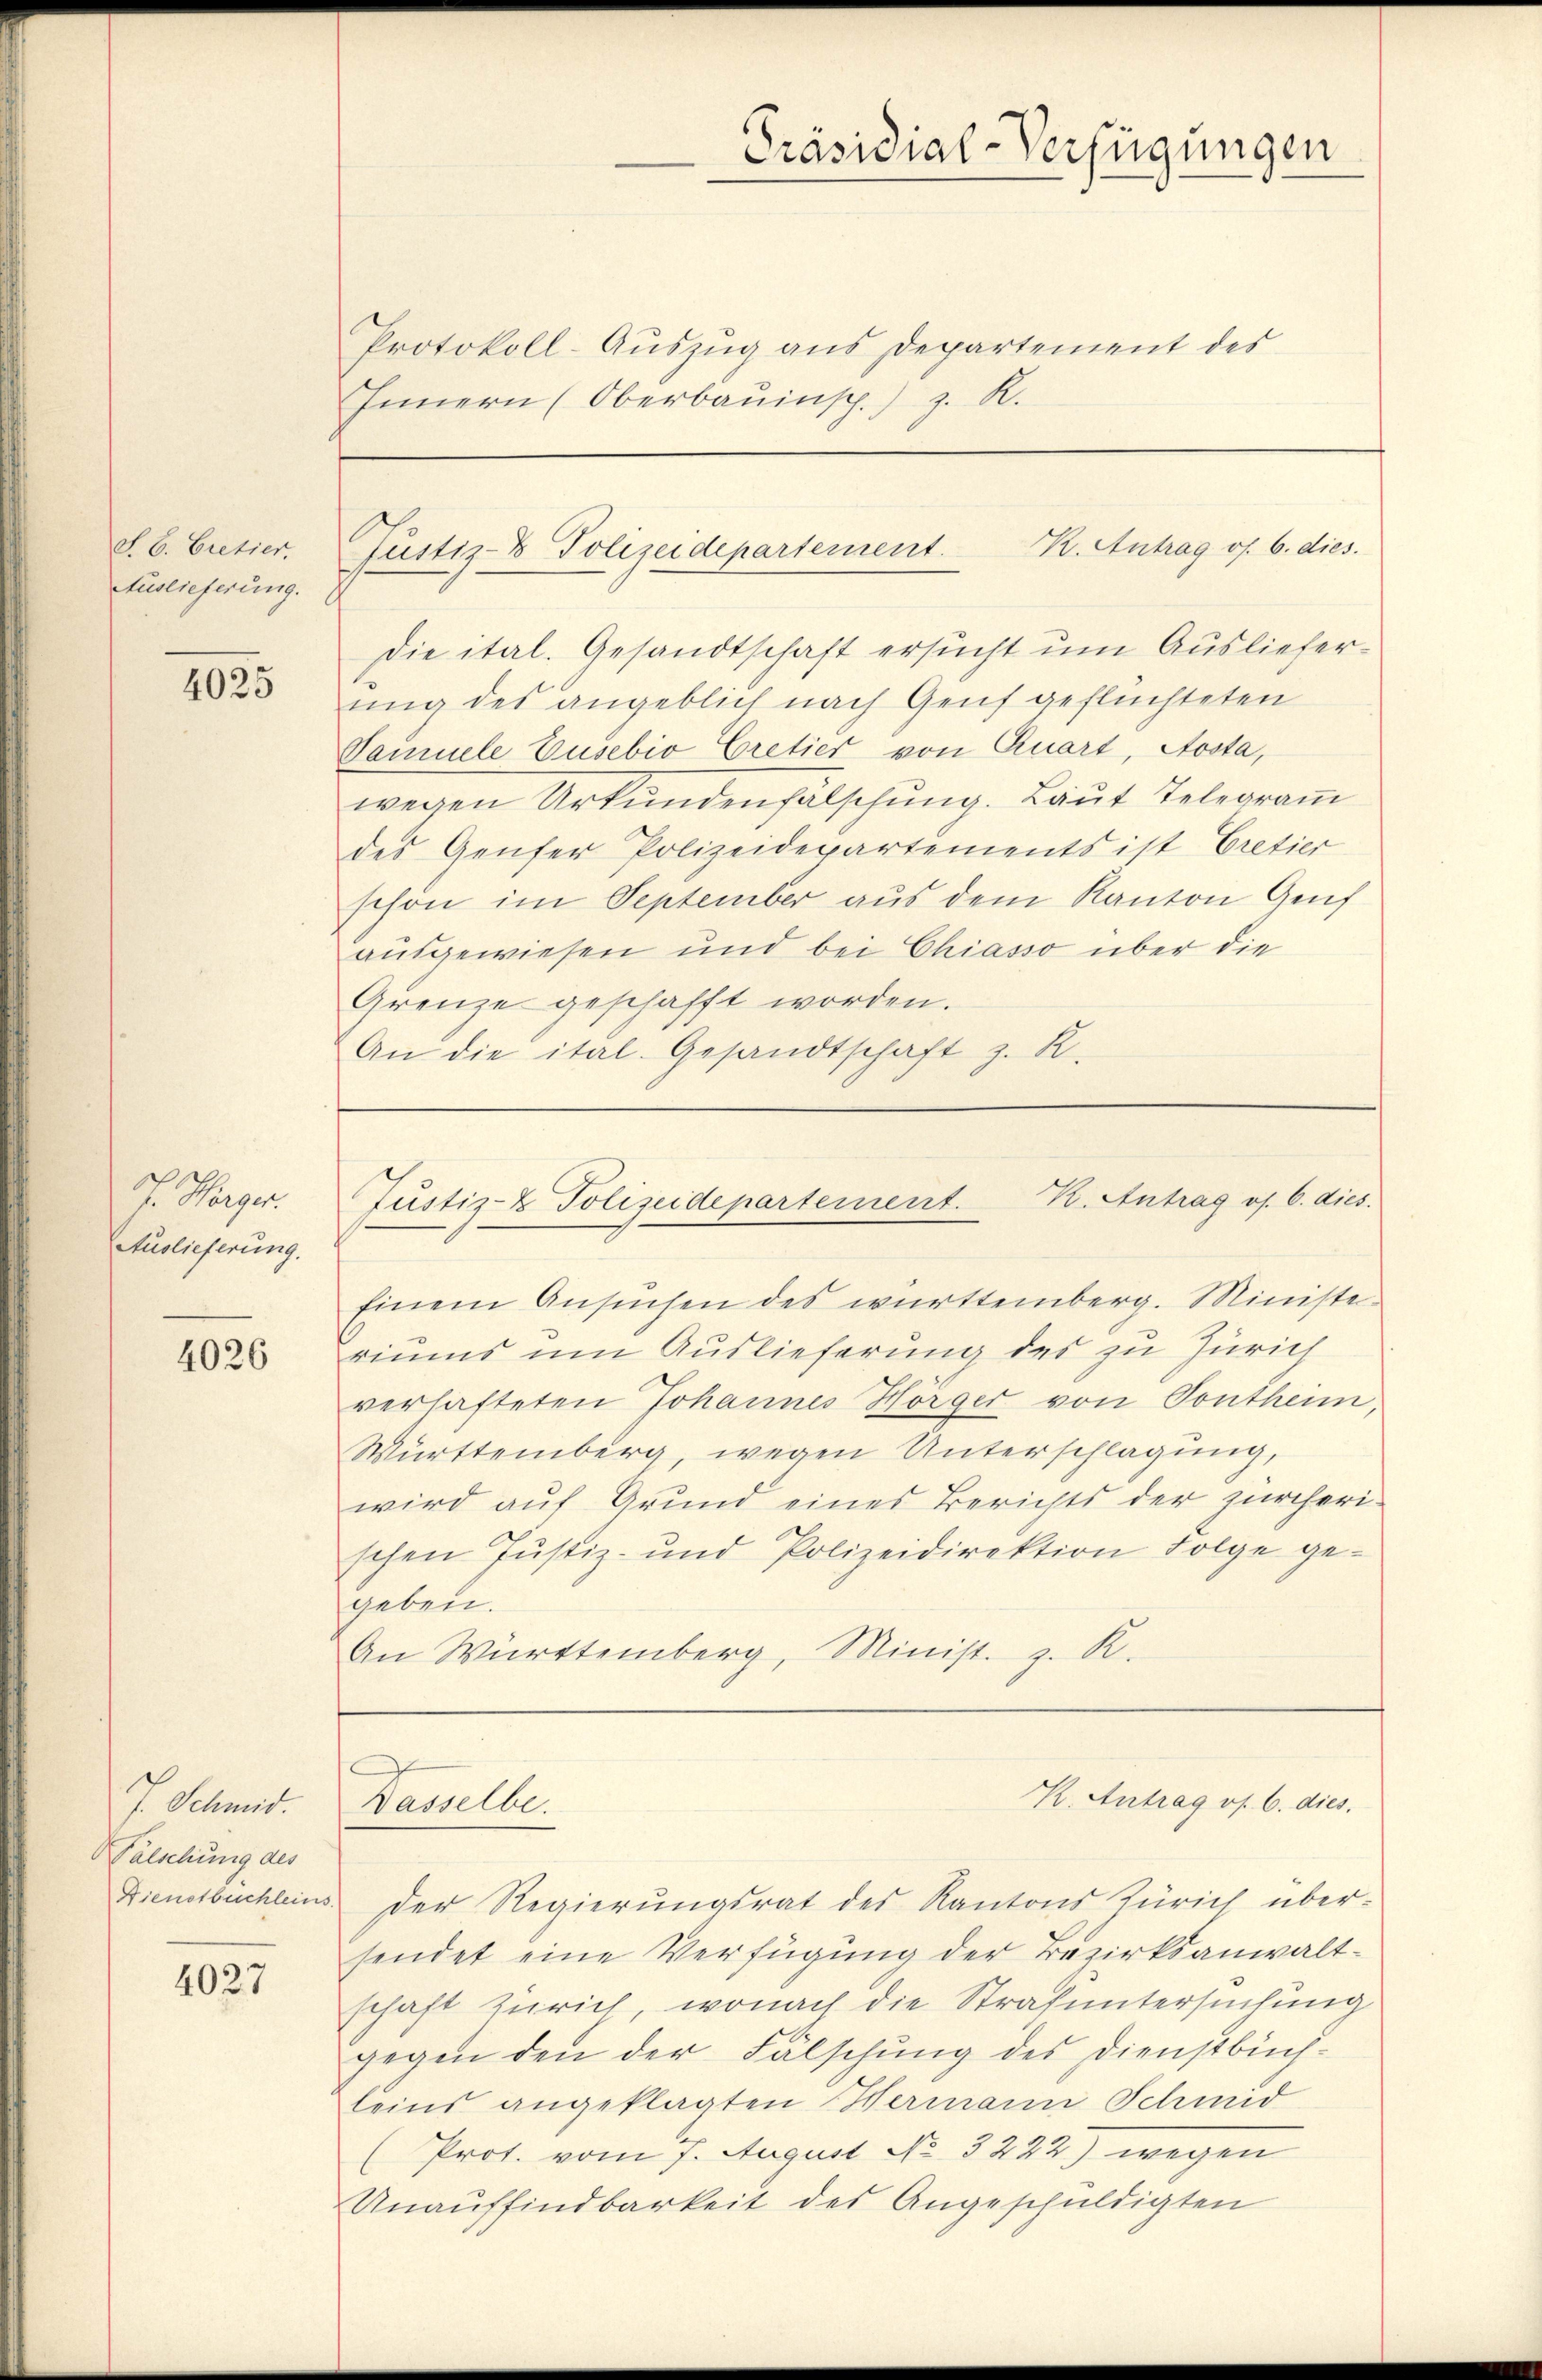
S. C. Cretier.
Auslieferung.

4025

G. Sagen
Auslieferung.

4026

J. Schmid.
Falschung des

4027

Protokoll-Auszug aus Departement des
Innern (Oberbauinsch.) z. R.

Präsidial-Verfügungen

Justiz- & Polizeidepartement. K. Antrag os. 6. dies

Justiz- & Polizeidepartement. K. Antrag os. 6. dies

die ital. Gesandtschaft ersucht um Auslieferung des angeblich nach Genf geflüchteten
Samuele Zusebio Cretier von Quart, Aosta,
wegen Urkundenfälschung. Laut Telegramm
des Genfer Polizeidepartements ist Cretier
schon im September aus dem Kanton Genf
ausgewiesen und bei Chiasso über die
Grenze geschafft worden.
An die ital. Gesandtschaft z. R.

Einem Ansuchen des württemberg. Ministe
riums um Auslieferung des zu Zürich
verhafteten Johannes Horger von Tontheim,
Württemberg, wegen Unterschlagung,
wird auf Grund eines Berichts der zürcherischen Justiz- und Polizeidirektion Folge ge-
geben.
An Württemberg, Minist. z. R.

Dasselbe.

K. Antrag os. 6. dies

Dienstbuchleins der Regierŭngsrat des Kantons Zürich über-
sendet eine Verfügung der Bezirksanwaltschaft Zürich, wonach die Strafuntersuchung
gegen den der Fälschung des Dienstbuchleins angeklagten Hermann Schmid
Prot. vom 7. August No 3222) wegen
Unauffindbarkeit des Angeschuldigten